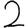
Digit: 2